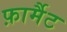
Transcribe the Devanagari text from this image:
फ़ार्मैट